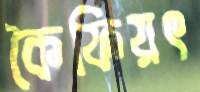
কৈফিয়ৎ